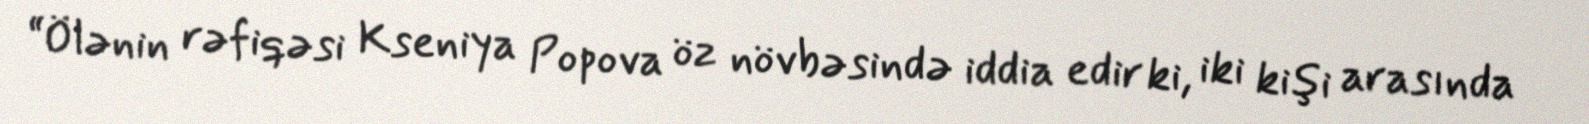
“Ölənin rəfiqəsi Kseniya Popova öz növbəsində iddia edir ki, iki kişi arasında